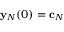
{ \bf y } _ { N } ( 0 ) = { \bf c } _ { N }